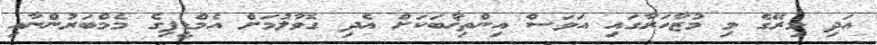
އަދި މިރޭގެ މި މުޒާހަރާގައި އަވަސް އިންތިޚާބަކަށް އެދި ގޮވާލުމަށް އެމްޑީޕިގެ މެމްބަރުންނާއި